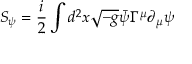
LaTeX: S _ { \psi } = \frac { i } { 2 } \int d ^ { 2 } x \sqrt { - g } \bar { \psi } \Gamma ^ { \mu } \partial _ { \mu } \psi